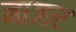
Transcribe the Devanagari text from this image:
नाजर